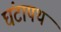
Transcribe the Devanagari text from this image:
घंटापथ